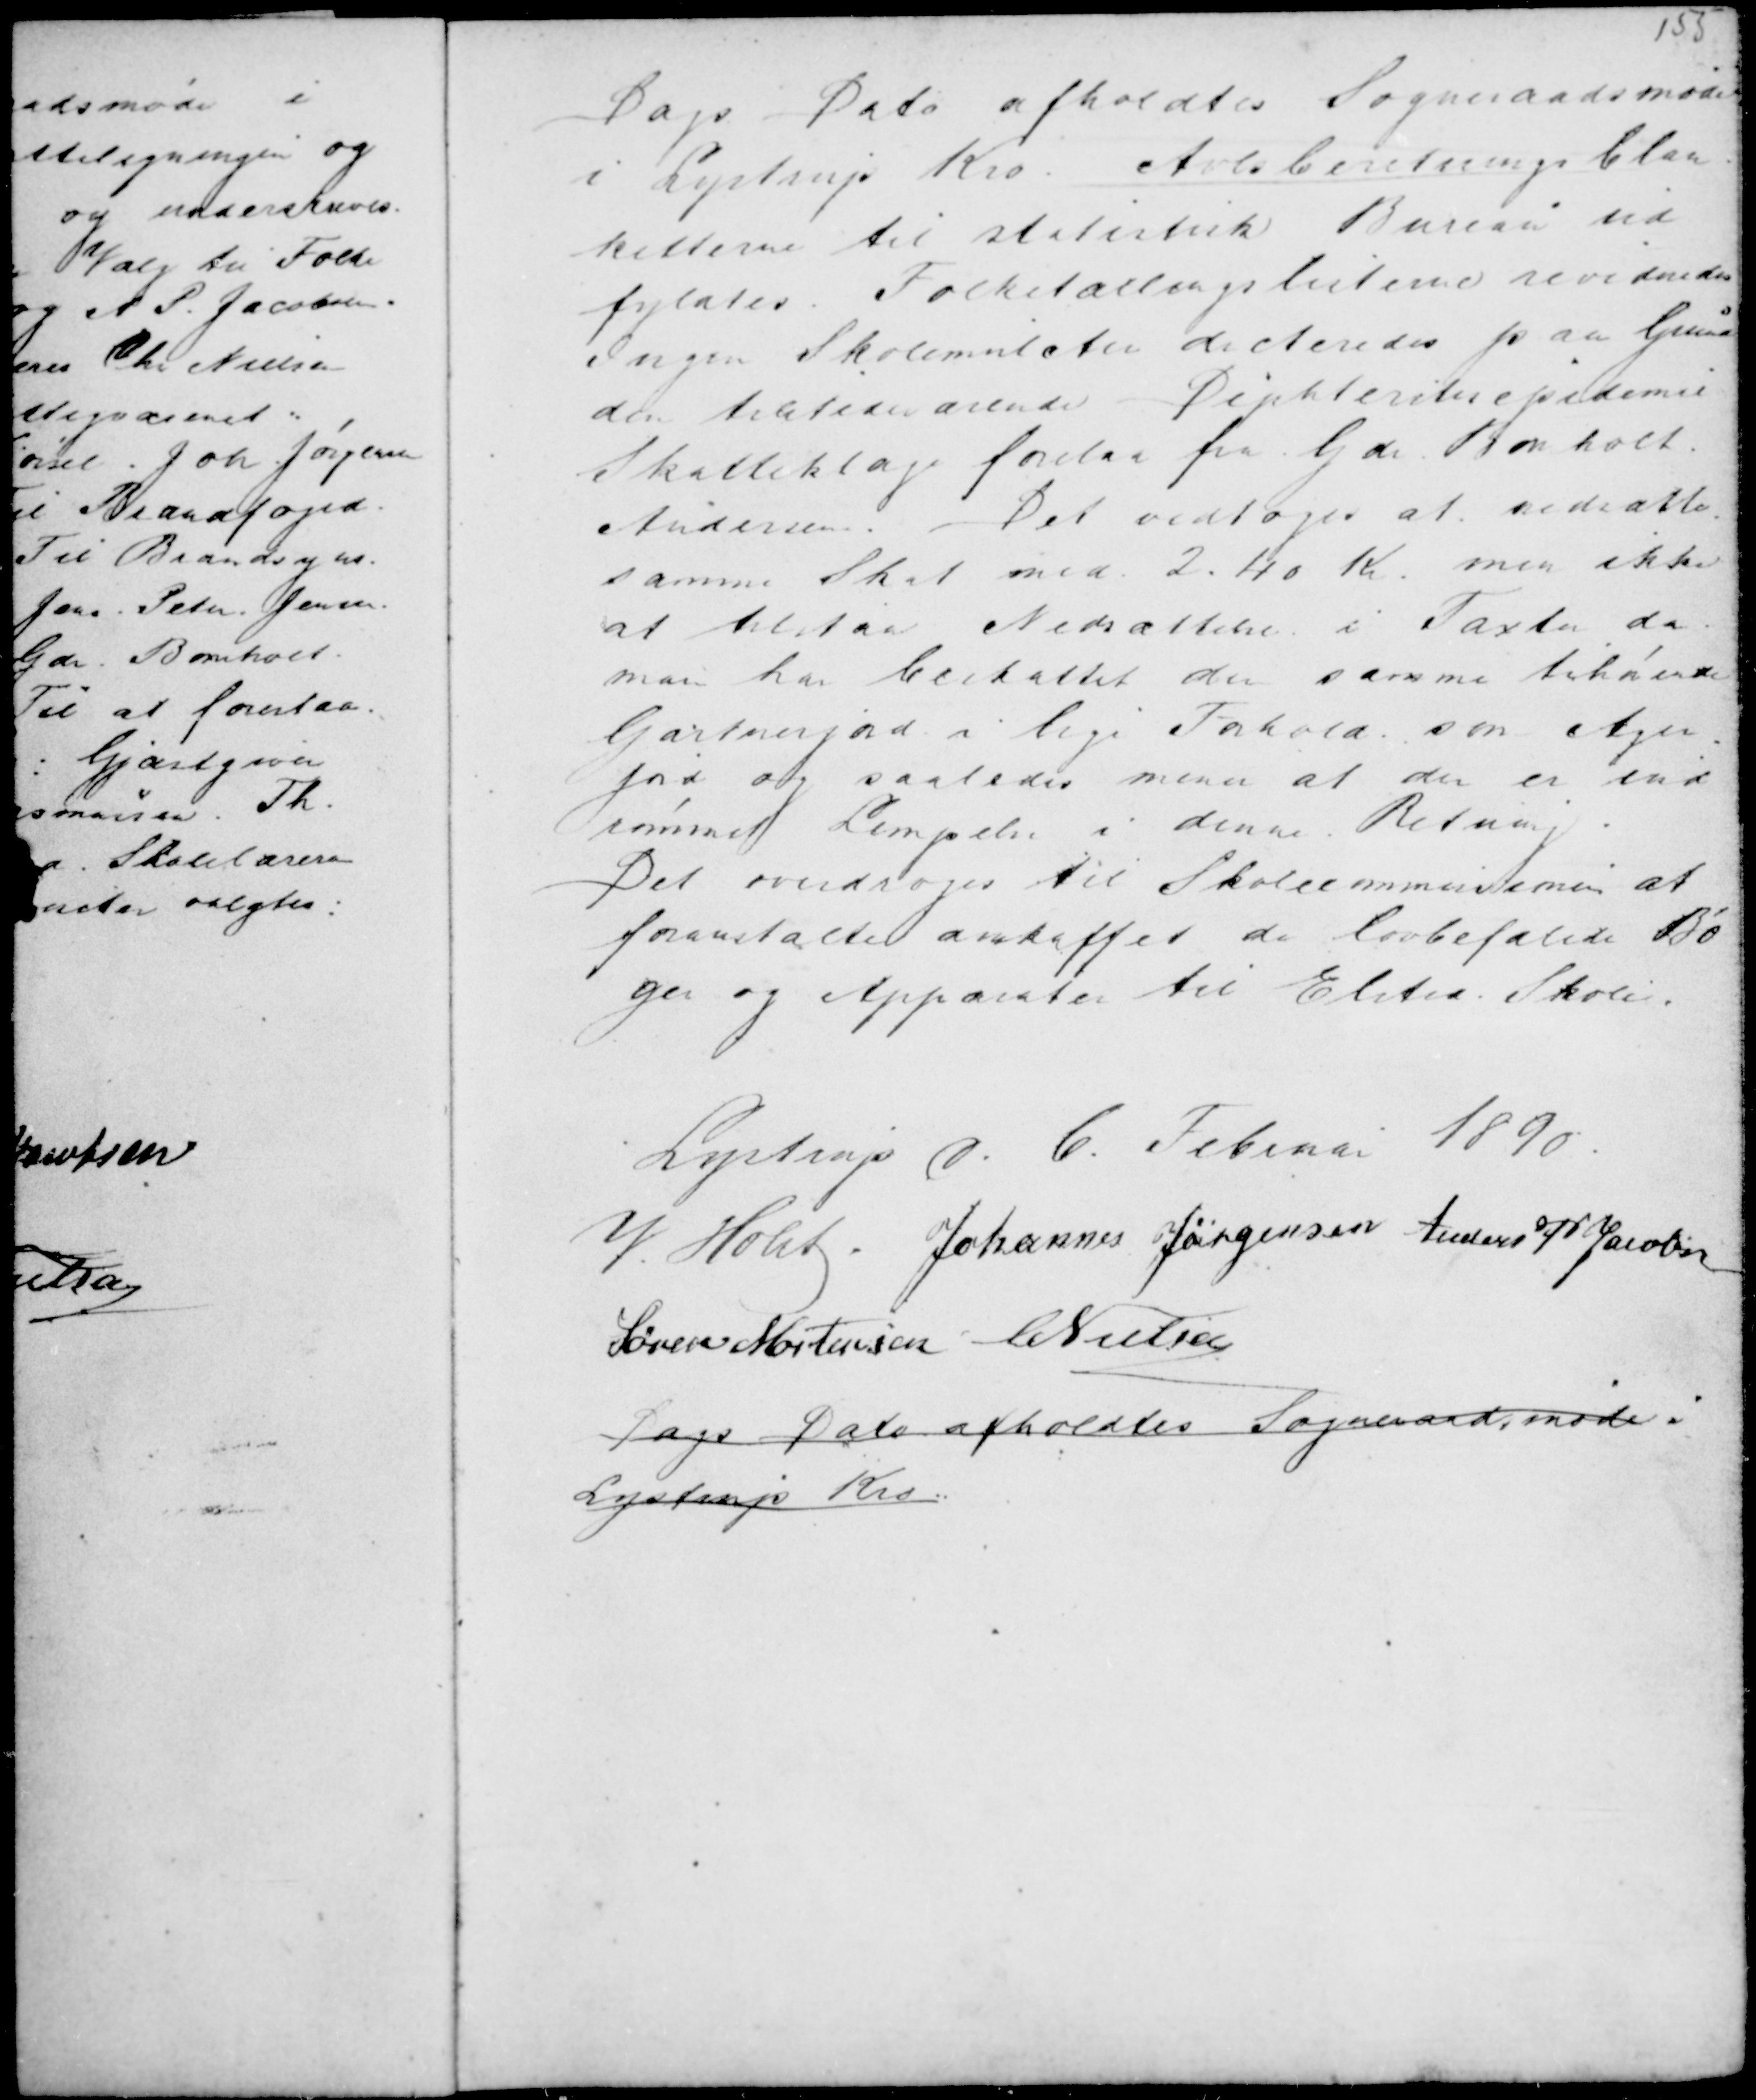
Transskription:
Dags Dato afholdtes Sogneraadsmøde
i Lystrup Kro. Avlsberetningsblan-
ketterne til staistisk Bureau ud
fyldtes. Folketællingslisterne revideredes
Ingen Skolemulcter dikteredes paa Grund
den tilstedeværende Diphteritisepidemi
Skatteklage forelaa fra Gdr Bomholt
Andersen. Det vedtoges at nedsætte
samme Skat med 2.40 Kr. men ikke
at tilstaa Nedsættelse i Taxten da
man har beskattet den samme tihørende
Gartnerjord i lige Forhold som Ager-
jord og saaledes mener at der er ind
rømmet Lempelse i denne Retning.
Der overdrages til Skolecommissionen at
foranstalte anskaffet de lovbefalede Bø
ger og Apparater til Elsted Skole.

Lystrup d. 6. Februar 1890.
M Holst . Johannes Jørgensen Anders P Jacobsen
Søren Mortensen C Nielsen
Dags Dato afholdtes Sogneraadsmøde i
Lystrup Kro.